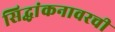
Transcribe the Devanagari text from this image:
सिद्धांकनावरची